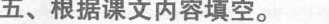
五、根据课文内容填空。